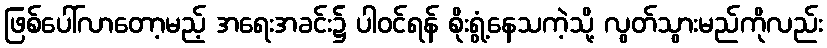
ဖြစ်ပေါ်လာတော့မည့် အရေးအခင်း၌ ပါဝင်ရန် စိုးရွံ့နေသကဲ့သို့ လွတ်သွားမည်ကိုလည်း